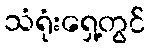
သံရုံးရှေ့တွင်